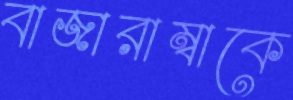
বাজারাম্বাকে